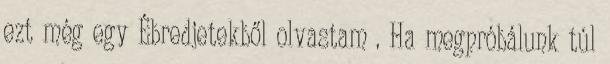
ezt még egy Ébredjetekből olvastam . Ha megpróbálunk túl